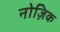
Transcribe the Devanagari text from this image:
नोज़िक